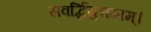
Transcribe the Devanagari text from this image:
सवर्द्धिमुत्तमाम्‌।